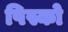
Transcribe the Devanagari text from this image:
पिस्को